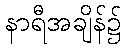
နာရီအချိန်၌